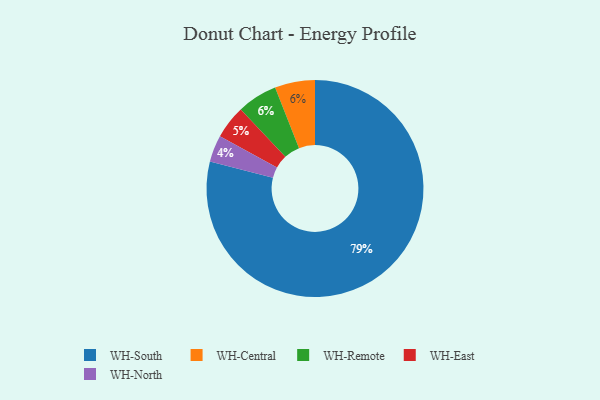
{"axis": {"x": "Category", "y": "Percentage"}, "legend": ["WH-Central", "WH-East", "WH-North", "WH-Remote", "WH-South"], "data": [{"x": "WH-South", "y": 79, "type": "WH-South"}, {"x": "WH-Central", "y": 6, "type": "WH-Central"}, {"x": "WH-East", "y": 5, "type": "WH-East"}, {"x": "WH-North", "y": 4, "type": "WH-North"}, {"x": "WH-Remote", "y": 6, "type": "WH-Remote"}]}